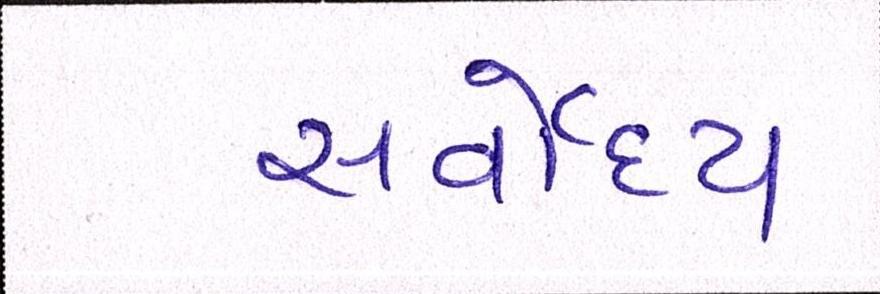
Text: સર્વોદય